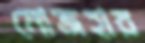
মোজহার